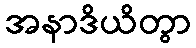
အနာဒိယိတွာ